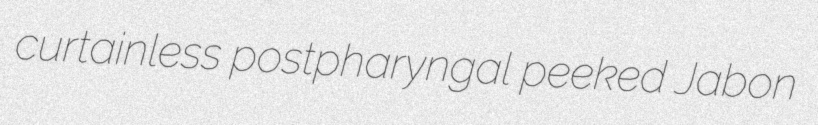
curtainless postpharyngal peeked Jabon